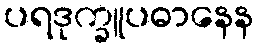
ပရဒုက္ခူပဓာနေန